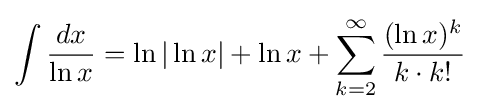
\int {\frac {dx}{\ln x}}=\ln |\ln x|+\ln x+\sum _{k=2}^{\infty }{\frac {(\ln x)^{k}}{k\cdot k!}}